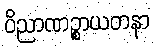
ဝိညာဏဉ္စာယတနာ